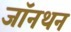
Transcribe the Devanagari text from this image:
जॉनथन